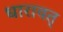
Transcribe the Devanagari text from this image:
धारावत्‌